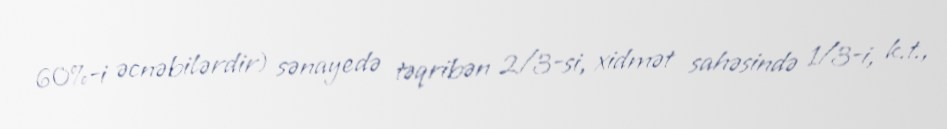
60%-i əcnəbilərdir) sənayedə təqribən 2/3-si, xidmət sahəsində 1/3-i, k.t.,